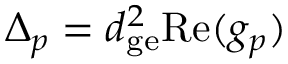
\Delta _ { p } = d _ { \mathrm { g e } } ^ { 2 } \mathrm { R e } ( g _ { p } )